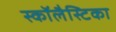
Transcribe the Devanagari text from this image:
स्कॉलैस्टिका